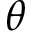
\theta